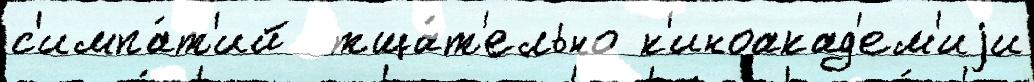
с'импа́т'ий  тща́т'ельно к'иноакад'ем'иjи